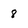
Character: 8